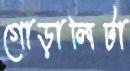
গোড়ালিটা